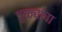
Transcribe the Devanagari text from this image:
पुळ्यांचा